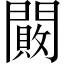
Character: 闝